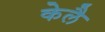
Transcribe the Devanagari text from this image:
केलै